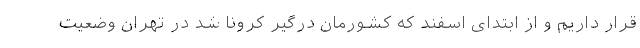
قرار داریم و از ابتدای اسفند که کشورمان درگیر کرونا شد در تهران وضعیت